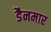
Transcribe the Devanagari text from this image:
डैनमार